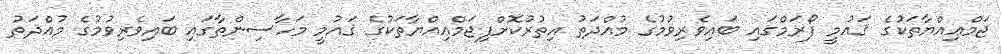
ޖަމްޢިއްޔާތަކުގެ ޤައުމީ ފޯރަމްގައި ބައިވެރިވުމުގެ މުއްދަތު އިތުރުކޮށްފިޖަމްޢިއްޔާތަކުގެ ޤައުމީ މަހާސިންތާގައި ބައިވެރިވުމުގެ މުއްދަތު